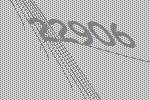
22906